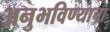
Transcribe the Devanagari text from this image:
अनुभविण्याचा